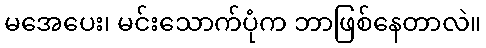
မအေပေး၊ မင်းသောက်ပုံက ဘာဖြစ်နေတာလဲ။